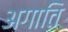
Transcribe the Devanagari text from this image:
अगाति